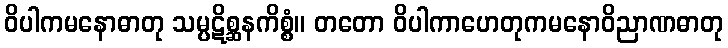
ဝိပါကမနောဓာတု သမ္ပဋိစ္ဆနကိစ္စံ။ တတော ဝိပါကာဟေတုကမနောဝိညာဏဓာတု